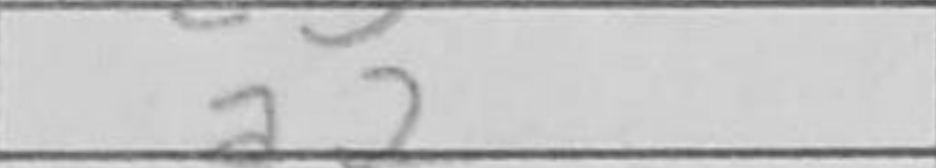
Transcription: a2